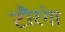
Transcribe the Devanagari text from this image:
टौरंगा